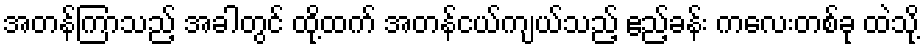
အတန်ကြာသည့် အခါတွင် ထို့ထက် အတန်ငယ်ကျယ်သည့် ဧည့်ခန်း ကလေးတစ်ခု ထဲသို့